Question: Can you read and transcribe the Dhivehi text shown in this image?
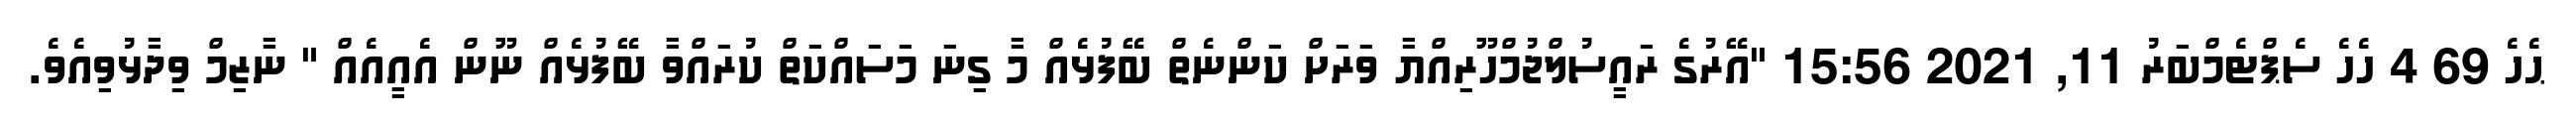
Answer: ޙެހެ 69 4 ހެހެ ސެޕްޓެމްބަރު 11, 2021 15:56 "އޭރުގެ ރައީސުލްޖުމްހޫރިއްޔާ ވަރަށް ކަންނެތް ބޭފުޅެއް މާ ގިނަ މަސައްކަތް ކުރައްވާ ބޭފުޅެއް ނޫން އެއީއެއް " ނާޒިމް ވިދާޅުވިއެވެ.